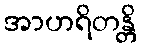
အာဟရိတန္တိ